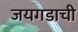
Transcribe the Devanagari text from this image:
जयगडाची